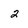
Character: 2